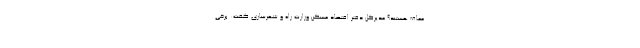
معاف هستند؟ مدیرکل دفتر اقتصاد مسکن وزارت راه و شهرسازی گفت: برخی